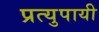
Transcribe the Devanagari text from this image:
प्रत्युपायी